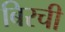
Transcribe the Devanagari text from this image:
बिरची